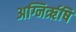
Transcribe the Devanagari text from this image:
अग्निरृषि